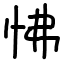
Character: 怫